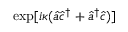
\exp [ i \kappa ( \hat { a } \hat { c } ^ { \dagger } + \hat { a } ^ { \dagger } \hat { c } ) ]